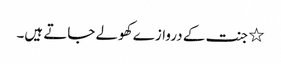
٭ جنت کے دروازے کھولے جاتے ہیں۔